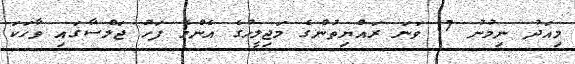
މިއަދު ނިމުނު 17 ވަނަ ރައްޔިތުންގެ މަޖިލީހުގެ އެންމެ ފަހު ޖަލްސާގައި ވާހަކަ